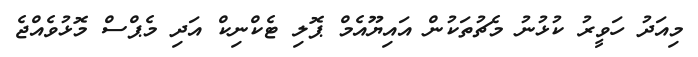
މިއަދު ހަވީރު ކުޅުނު މެޗުތަކުން އައިޔޫއެމް ޕޮލި ޓެކްނިކް އަދި މެޕްސް މޮޅުވެއްޖެ